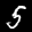
Label: 5